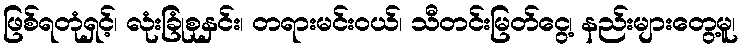
ဖြစ်ရတုံရှင့်၊ လုံးခြုံစုနှင်း၊ တရားမင်းဝယ်၊ သီတင်းမြတ်ငွေ့၊ နည်းများတွေ့မူ၊